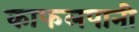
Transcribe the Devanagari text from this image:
काफलपानी